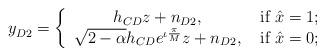
LaTeX: \begin{align*}y_{D2}^{ } = \left\{ \begin{array}{cccccccccc}h_{CD}z +n_{D2}, & \mbox{ if } \hat{x}=1;\\\sqrt {2-\alpha }h_{CD}e^{\iota\frac {\pi }{M}}z + n_{D2}, & \mbox{ if } \hat{x}=0;\\\end{array}\right.\end{align*}